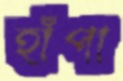
হাঁপা